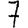
Digit: 7